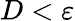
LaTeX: D<\varepsilon